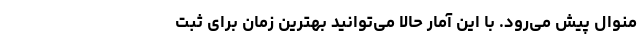
منوال پیش می‌رود. با این آمار حالا می‌توانید بهترین زمان برای ثبت